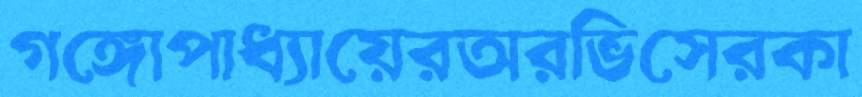
গঙ্গোপাধ্যায়েরঅরভিসেরকা